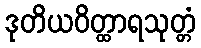
ဒုတိယဝိတ္ထာရသုတ္တံ